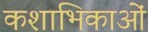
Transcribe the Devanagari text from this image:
कशाभिकाओं